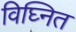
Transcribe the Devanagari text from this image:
विघ्नित